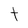
Character: t